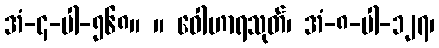
အံ-၄-ပါ-၅၆၈။ ။ ဝေါဟာရသုတ်၊ အံ-၈-ပါ-၁၂၇၊